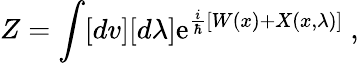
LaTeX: Z=\int[dv][d\lambda]\mathrm{e}^{\frac{i}{\hbar}\left[W(x)+X(x,\lambda)\right]}{}~,